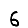
Digit: 6